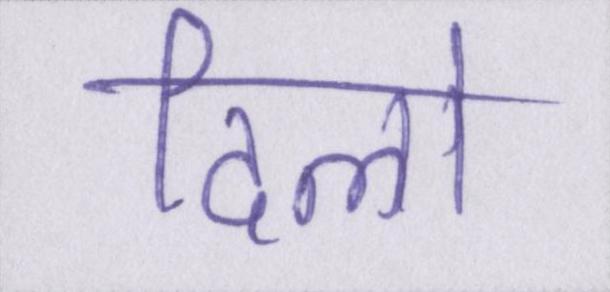
दिलो